Leaving Certificate Examination, 1906
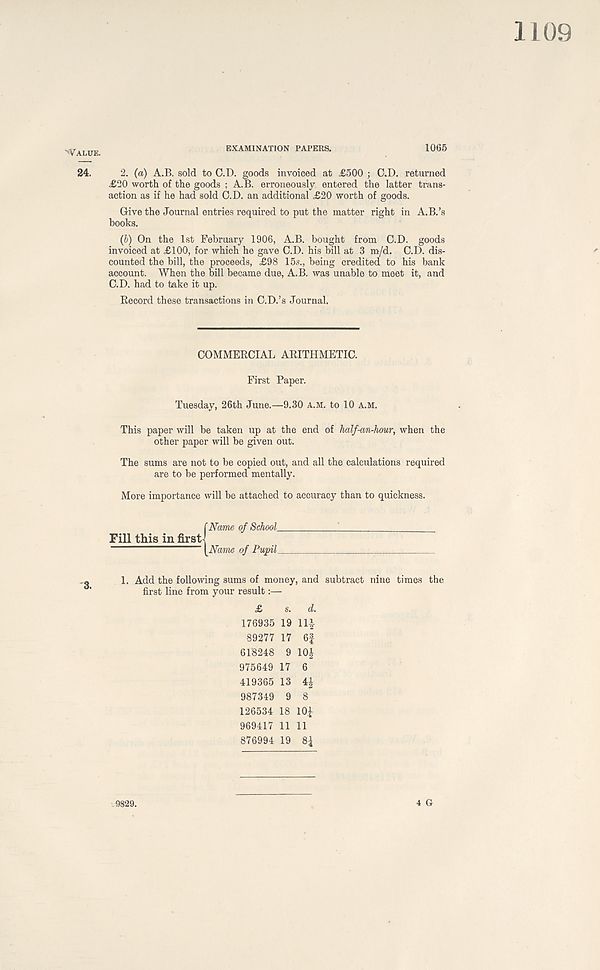
EXAMINATION PAPERS.
1065
2. (a) A.B. sold to C.D. goods invoiced at £500 ; C.D. returned
£20 worth of the goods ; A.B. erroneously entered the latter trans-
action as if he had sold O.D. an additional £20 worth of goods.
Give the Journal entries required to put the matter right in A.B.’s
books.
(&) On the 1st February 1906, A.B. bought from C.D. goods
invoiced at £100, for which he gave C.D. his bill at 3 m/d. C.D. dis-
counted the bill, the proceeds, £98 15s., being credited to his bank
account. When the bill became due, A.B. was unable to meet it, and
C.D. had to take it up.
Record these transactions in C.D.’s Journal.
COMMERCIAL ARITHMETIC.
First Paper.
Tuesday, 26th June.—9.30 a.m. to 10 a.m.
This paper will be taken up at the end of half-an-hour, when the
other paper will be given out.
The sums are not to be copied out, and all the calculations required
are to be performed mentally.
More importance will be attached to accuracy than to quickness.
{Name of School
'
Name of Pupil
1. Add the following sums of money, and subtract nine times the
first line from your result:—
£ s. d.
176935 19 14
89277 17 6|
618248 9 101
975649 17 6
419365 13 4£
987349 9 8
126534 18 10.|
969417 11 11
876994 19 8£